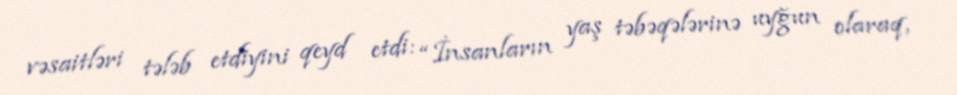
vəsaitləri tələb etdiyini qeyd etdi: “İnsanların yaş təbəqələrinə uyğun olaraq,